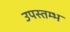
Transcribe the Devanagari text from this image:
उपस्तम्भ